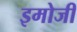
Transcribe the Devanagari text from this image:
इमोजी